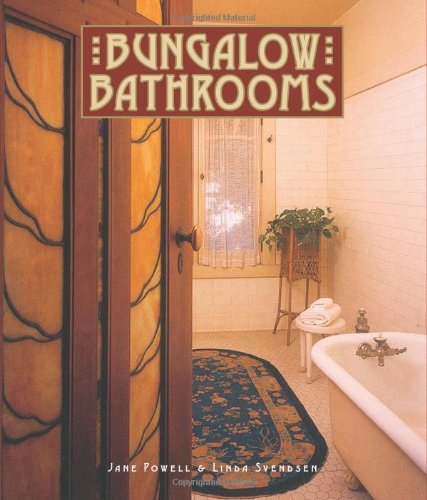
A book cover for Bungalow Bathrooms (Bungalow Basics); Jane Powell; Arts & Photography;